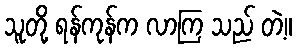
သူတို့ ရန်ကုန်က လာကြ သည် တဲ့။